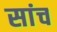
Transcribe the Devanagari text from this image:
सांच